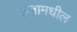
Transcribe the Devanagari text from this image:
फुलामधील